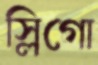
স্লিগো